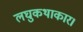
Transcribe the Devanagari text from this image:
लघुकथाकार।